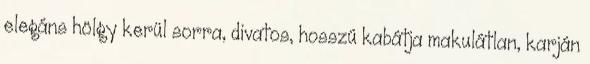
elegáns hölgy kerül sorra, divatos, hosszú kabátja makulátlan, karján